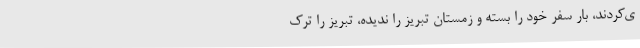
ی‌کردند، بار سفر خود را بسته و زمستان تبریز را ندیده، تبریز را ترک